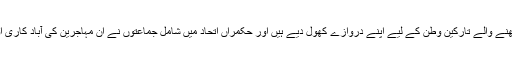
جرمنی نے خانہ جنگی کا شکار شام سے بے گھر ہونے والے مہاجرین کے علاوہ دوسرے ممالک سے تعلق رکھنے والے تارکین وطن کے لیے اپنے دروازے کھول دیے ہیں اور حکمراں اتحاد میں شامل جماعتوں نے ان مہاجرین کی آباد کاری اور دیکھ بھال کے لیے آیندہ سال کے دوران چھے ارب ستر کروڑ ڈالرز کی رقم مختص کرنے کا فیصلہ کیا ہے۔